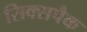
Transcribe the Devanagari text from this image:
सिक्सपैक